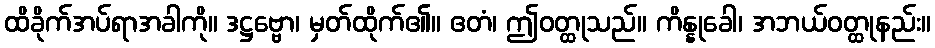
ထိခိုက်အပ်ရာအခါကို။ ဒဋ္ဌဗ္ဗော၊ မှတ်ထိုက်၏။ ဧတံ၊ ဤဝတ္ထုသည်။ ကိန္နုခေါ၊ အဘယ်ဝတ္ထုနည်း။